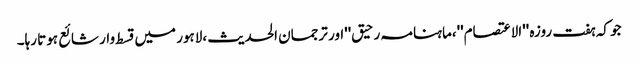
جو کہ ہفت روزہ ''الاعتصام''،ماہنامہ رحیق''اور ترجمان الحدیث ،لاہور میں قسط وار شائع ہوتا رہا۔